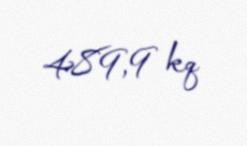
489,9 kq